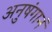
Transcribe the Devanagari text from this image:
अनुषंगानं